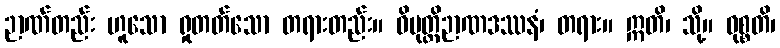
ဉာဏ်တည်း ဟူသော ရှုတတ်သော တရားတည်း။ ဝိမုတ္တိဉာဏဒဿနံ၊ တရား။ ဣတိ၊ သို့။ ဝုစ္စတိ၊